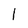
Character: l